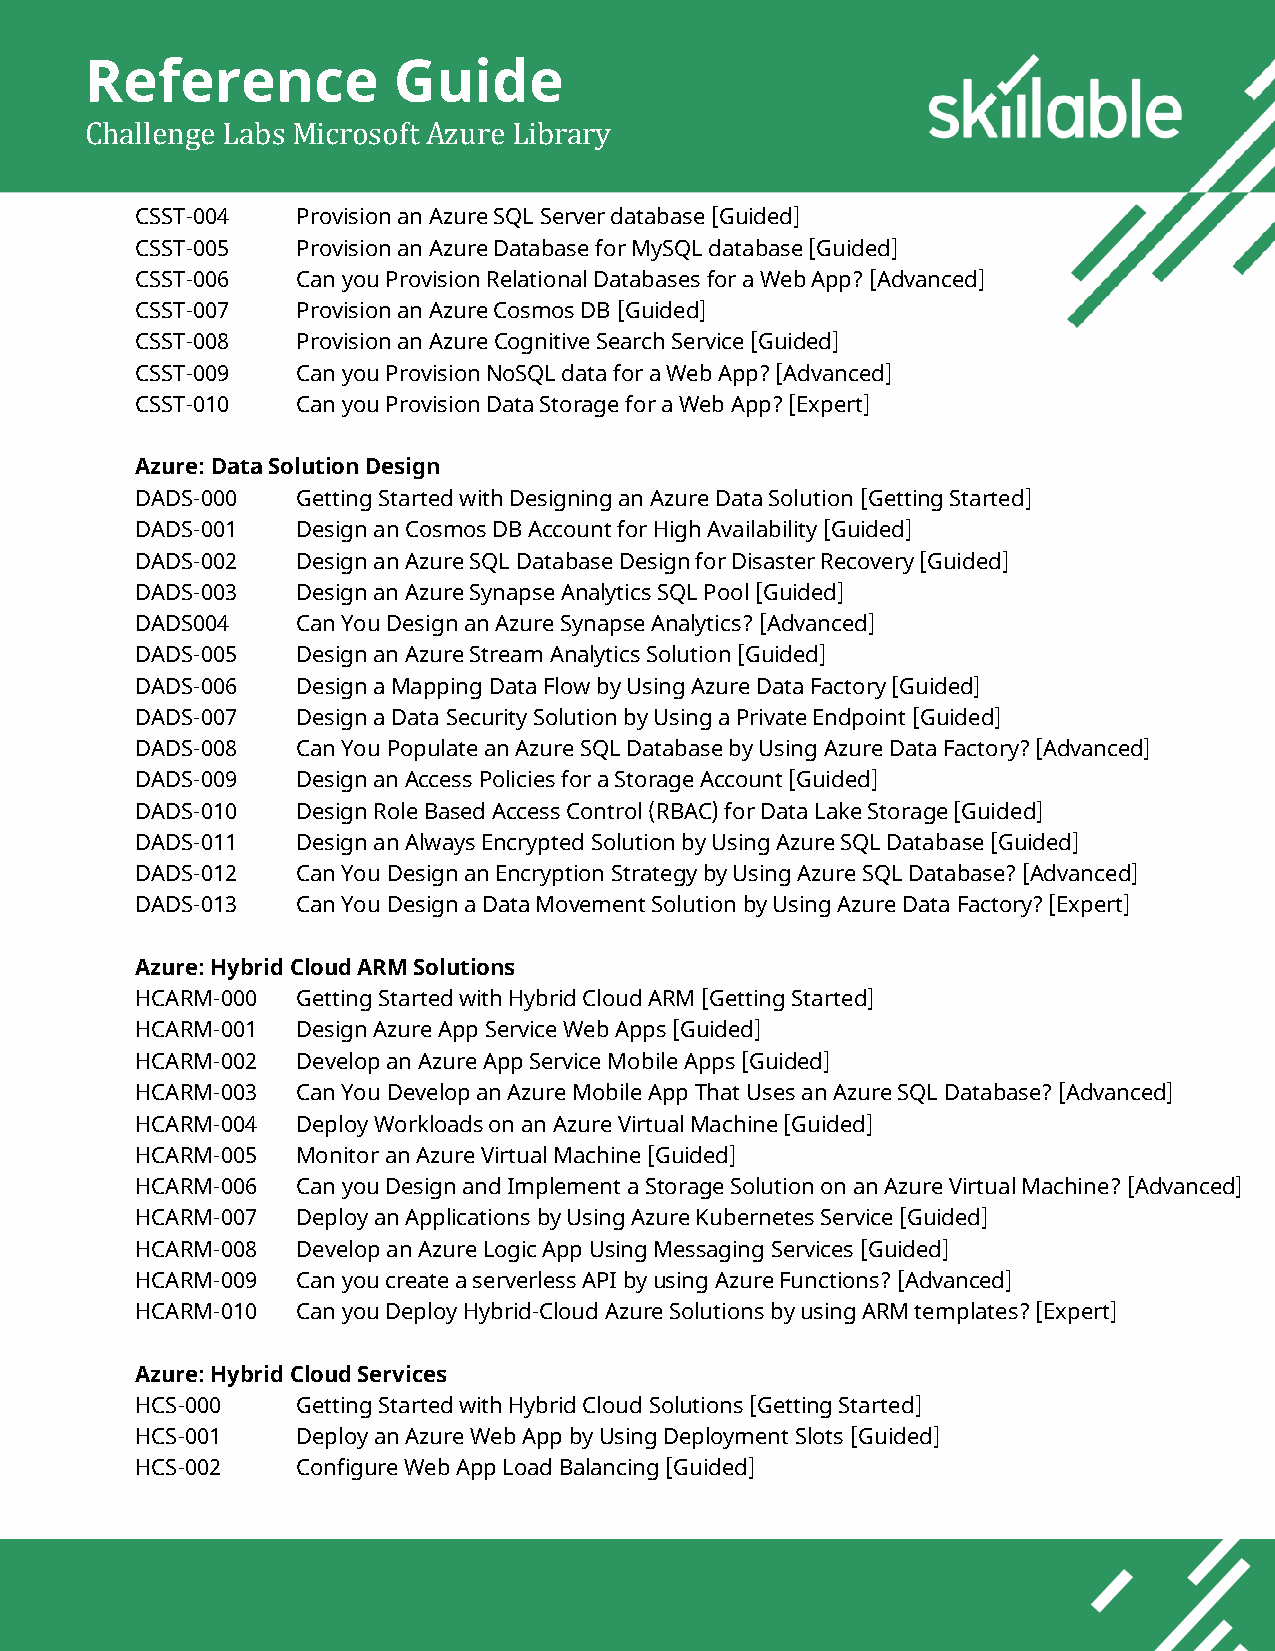
Reference           Guide
 Challenge Labs Microsoft Azure Library
 CSST-004   Provision an Azure SQL Server database [Guided]
 CSST-005   Provision an Azure Database for MySQL database [Guided]
 CSST-006   Can you Provision Relational Databases for a Web App? [Advanced]
 CSST-007   Provision an Azure Cosmos DB [Guided]
 CSST-008   Provision an Azure Cognitive Search Service [Guided]
 CSST-009   Can you Provision NoSQL data for a Web App? [Advanced]
 CSST-010   Can you Provision Data Storage for a Web App? [Expert]
 Azure: Data Solution Design
 DADS-000   Getting Started with Designing an Azure Data Solution [Getting Started]
 DADS-001   Design an Cosmos DB Account for High Availability [Guided]
 DADS-002   Design an Azure SQL Database Design for Disaster Recovery [Guided]
 DADS-003   Design an Azure Synapse Analytics SQL Pool [Guided]
 DADS004    Can You Design an Azure Synapse Analytics? [Advanced]
 DADS-005   Design an Azure Stream Analytics Solution [Guided]
 DADS-006   Design a Mapping Data Flow by Using Azure Data Factory [Guided]
 DADS-007   Design a Data Security Solution by Using a Private Endpoint [Guided]
 DADS-008   Can You Populate an Azure SQL Database by Using Azure Data Factory? [Advanced]
 DADS-009   Design an Access Policies for a Storage Account [Guided]
 DADS-010   Design Role Based Access Control (RBAC) for Data Lake Storage [Guided]
 DADS-011   Design an Always Encrypted Solution by Using Azure SQL Database [Guided]
 DADS-012   Can You Design an Encryption Strategy by Using Azure SQL Database? [Advanced]
 DADS-013   Can You Design a Data Movement Solution by Using Azure Data Factory? [Expert]
 Azure: Hybrid Cloud ARM Solutions
 HCARM-000  Getting Started with Hybrid Cloud ARM [Getting Started]
 HCARM-001  Design Azure App Service Web Apps [Guided]
 HCARM-002  Develop an Azure App Service Mobile Apps [Guided]
 HCARM-003  Can You Develop an Azure Mobile App That Uses an Azure SQL Database? [Advanced]
 HCARM-004  Deploy Workloads on an Azure Virtual Machine [Guided]
 HCARM-005  Monitor an Azure Virtual Machine [Guided]
 HCARM-006  Can you Design and Implement a Storage Solution on an Azure Virtual Machine? [Advanced]
 HCARM-007  Deploy an Applications by Using Azure Kubernetes Service [Guided]
 HCARM-008  Develop an Azure Logic App Using Messaging Services [Guided]
 HCARM-009  Can you create a serverless API by using Azure Functions? [Advanced]
 HCARM-010  Can you Deploy Hybrid-Cloud Azure Solutions by using ARM templates? [Expert]
 Azure: Hybrid Cloud Services
 HCS-000    Getting Started with Hybrid Cloud Solutions [Getting Started]
 HCS-001    Deploy an Azure Web App by Using Deployment Slots [Guided]
 HCS-002    Configure Web App Load Balancing [Guided]